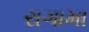
રાગામા